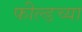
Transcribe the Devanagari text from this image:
फील्डच्या